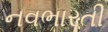
નવભારતી